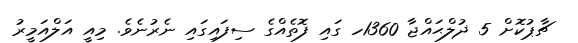
ޗާޕުކޮށް 5 ޛުލްޙައްޖާ 1360ހ ގައި ފޮތެއްގެ ސިފައިގައި ނެރުނެވެ. މިއީ އަލްއަމީރު